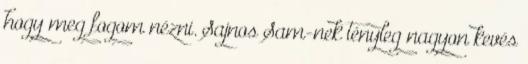
hogy meg fogom nézni. Sajnos Sam-nek tényleg nagyon kevés